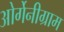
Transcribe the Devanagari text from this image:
ओर्गेनीग्राम